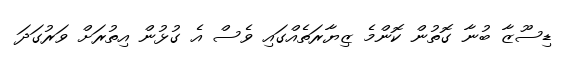
ޑިސޫޒާ ބުނާ ގޮތުން ކޮންމެ ޒިޔާރަތެއްގައި ވެސް އެ ގުޅުން އިތުރަށް ވަރުގަދަ